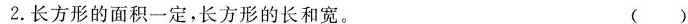
2.长方形的面积一定，长方形的长和宽。 ( )